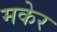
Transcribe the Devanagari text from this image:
मकेर